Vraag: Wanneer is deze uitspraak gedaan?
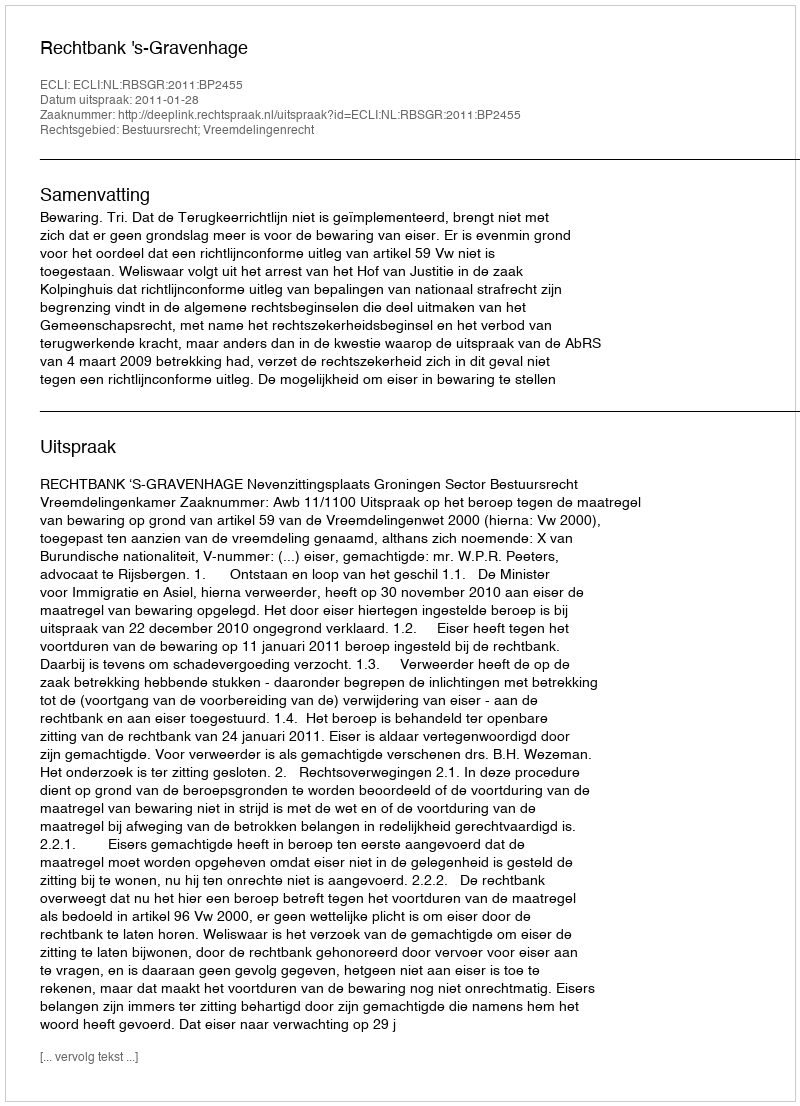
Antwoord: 2011-01-28